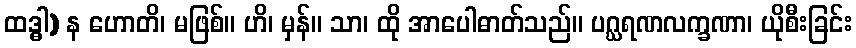
ထဒ္ဓါ) န ဟောတိ၊ မဖြစ်။ ဟိ၊ မှန်။ သာ၊ ထို အာပေါဓာတ်သည်။ ပဂ္ဃရဏလက္ခဏာ၊ ယိုစီးခြင်း